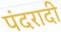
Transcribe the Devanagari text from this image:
पंदरादी